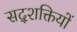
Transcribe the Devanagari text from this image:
सद्शक्तियों